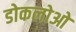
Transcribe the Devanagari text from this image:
डोकलोओ